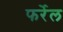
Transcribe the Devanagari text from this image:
फर्रेल